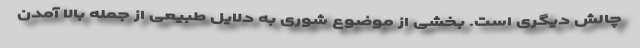
چالش دیگری است. بخشی از موضوع شوری به دلایل طبیعی از جمله بالا آمدن